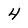
Character: 4